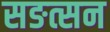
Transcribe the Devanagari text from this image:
सङत्सन